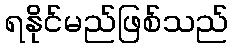
ရနိုင်မည်ဖြစ်သည်